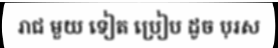
រាជ មួយ ទៀត ប្រៀប ដូច បុរស